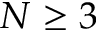
N \geq 3